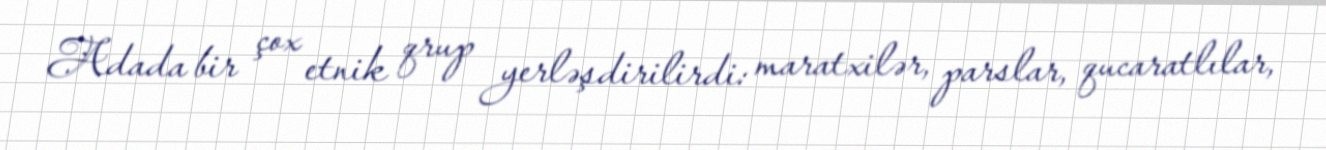
Adada bir çox etnik qrup yerləşdirilirdi: maratxilər, parslar, qucaratlılar,